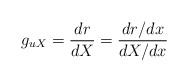
LaTeX: \begin{align*}g_{uX}=\frac{dr}{dX} =\frac{dr/dx}{dX/dx} \end{align*}